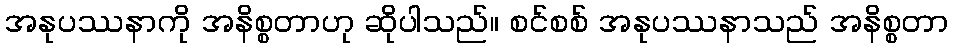
အနုပဿနာကို အနိစ္စတာဟု ဆိုပါသည်။ စင်စစ် အနုပဿနာသည် အနိစ္စတာ